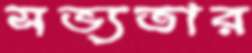
সভ্যতার